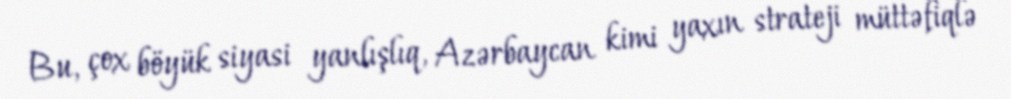
Bu, çox böyük siyasi yanlışlıq, Azərbaycan kimi yaxın strateji müttəfiqlə